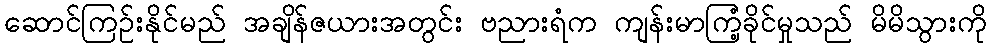
ဆောင်ကြဉ်းနိုင်မည် အချိန်ဇယားအတွင်း ဗညားရံက ကျန်းမာကြံ့ခိုင်မှုသည် မိမိသွားကို